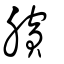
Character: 臏